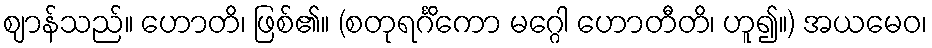
ဈာန်သည်။ ဟောတိ၊ ဖြစ်၏။ (စတုရင်္ဂိကော မဂ္ဂေါ ဟောတီတိ၊ ဟူ၍။) အယမေဝ၊